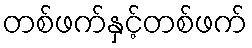
တစ်ဖက်နှင့်တစ်ဖက်